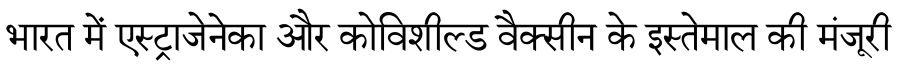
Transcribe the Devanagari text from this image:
भारत में एस्ट्राजेनेका और कोविशील्ड वैक्सीन के इस्तेमाल की मंजूरी